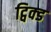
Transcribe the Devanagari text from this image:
ट्विक्ड